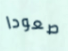
صعودا